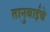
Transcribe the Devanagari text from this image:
तानुबाईचे